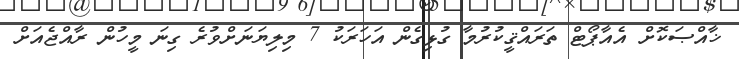
ޚާއްޞަކޮށް އެއާޕޯޓް ތަރައްޤީކުރުމާ ގުޅިގެން އަހަރަކު 7 މިލިޔަނަށްވުރެ ގިނަ މީހުން ރާއްޖެއަށް